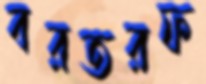
বরতরফ